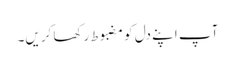
آپ اپنے دل کو مضبوط رکھا کریں۔